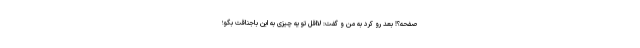
صفحه؟! بعد رو کرد به من و گفت: لااقل تو یه چیزی به این باجناقت بگو؛